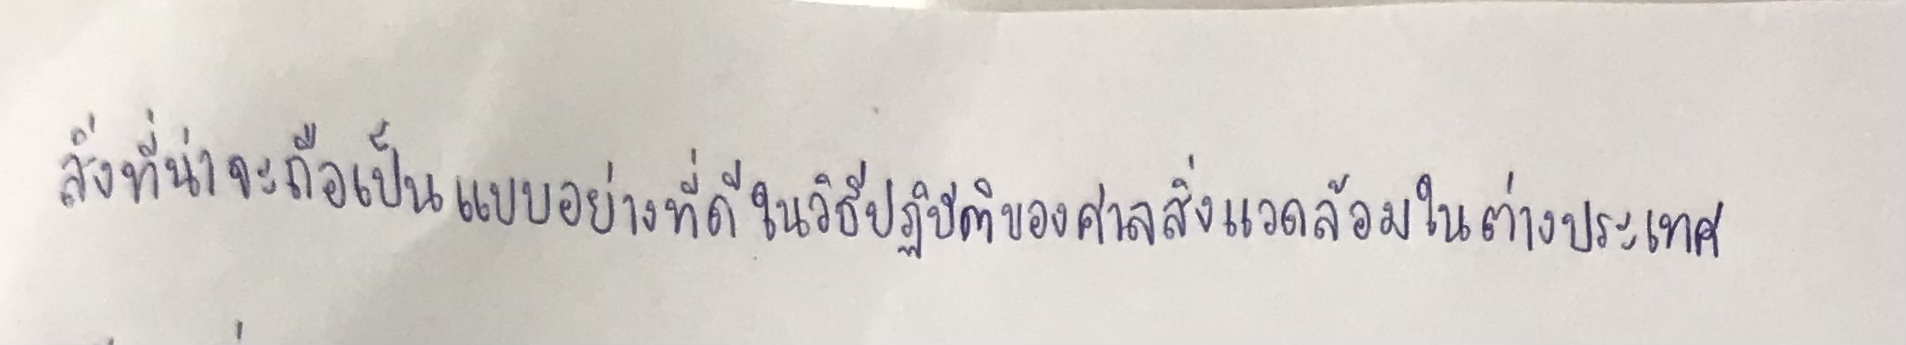
สิ่งที่น่าจะถือเป็นแบบอย่างที่ดีในวิธีปฏิบัติของศาลสิ่งแวดล้อมในต่างประเทศ